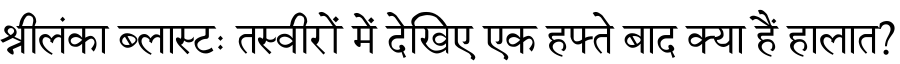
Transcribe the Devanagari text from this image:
श्रीलंका ब्लास्टः तस्वीरों में देखिए एक हफ्ते बाद क्या हैं हालात?